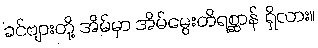
ခင်ဗျားတို့ အိမ်မှာ အိမ်မွေးတိရစ္ဆာန် ရှိလား။